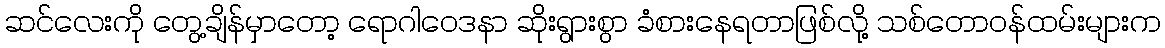
ဆင်လေးကို တွေ့ချိန်မှာတော့ ရောဂါဝေဒနာ ဆိုးရွားစွာ ခံစားနေရတာဖြစ်လို့ သစ်တောဝန်ထမ်းများက